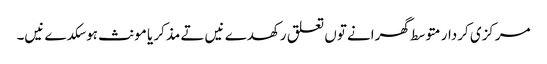
مرکزی کردار متوسط گھرانے تو‏ں تعلق رکھدے نیں تے مذکر یا مونث ہوسکدے نیں۔